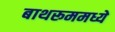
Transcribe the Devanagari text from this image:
बाथरूममध्ये